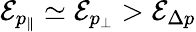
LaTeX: \mathcal{E}_{p_{\| }}\simeq\mathcal{E}_{p_{\perp}}>\mathcal{E}_{\Delta p}